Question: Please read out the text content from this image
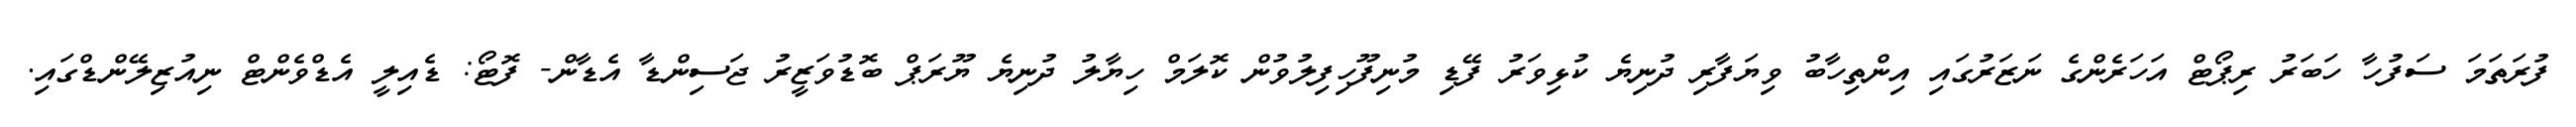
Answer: ފުރަތަމަ ސަފުހާ ހަބަރު ރިޕޯޓް އަހަރެންގެ ނަޒަރުގައި އިންތިހާބު ވިޔަފާރި ދުނިޔެ ކުޅިވަރު ފޭޑި މުނިފޫހިފިލުވުން ކޮލަމް ހިޔާލު ދުނިޔެ ޔޫރަޕް ބޮޑުވަޒީރު ޖަސިންޑާ އެޑާން- ފޮޓޯ: ޑެއިލީ އެޑްވެންޓް ނިއުޒިލޭންޑްގައި.